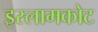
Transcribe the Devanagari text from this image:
इस्लामकोट